Lunatic asylums Madras 1892-1911 - 1892-1911
Year: 1892
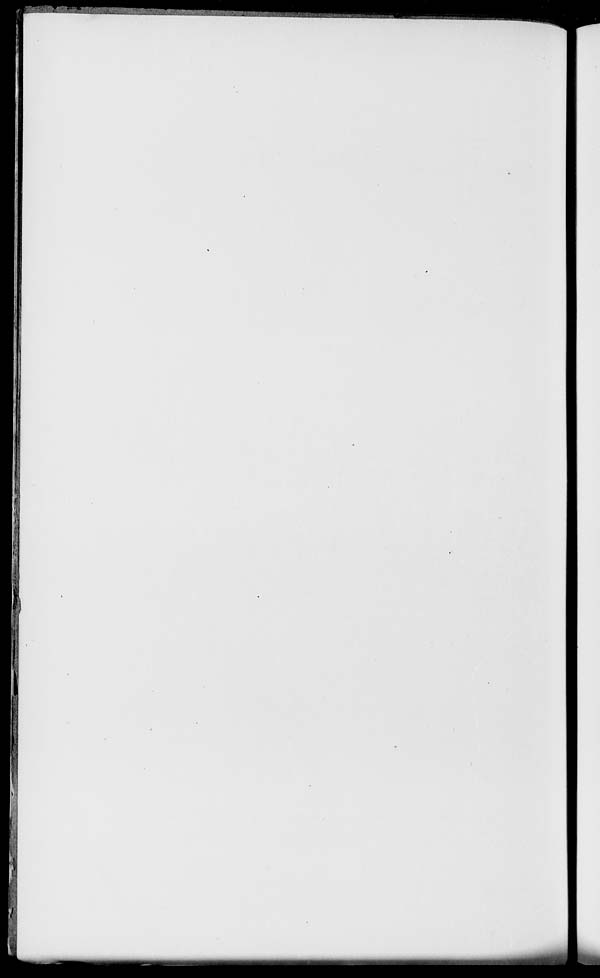
I
I
i
I